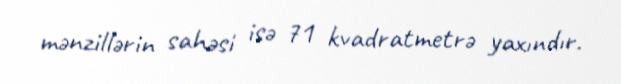
mənzillərin sahəsi isə 71 kvadratmetrə yaxındır.